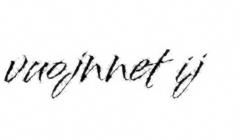
vuojnnet ij